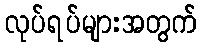
လုပ်ရပ်များအတွက်